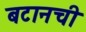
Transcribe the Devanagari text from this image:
बटानची